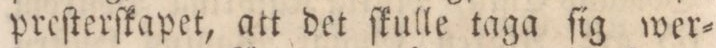
preſterſkapet, att det ſkulle taga ſig wer=